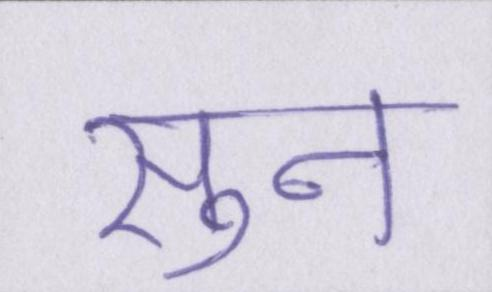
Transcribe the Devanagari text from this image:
सुन